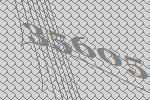
35605